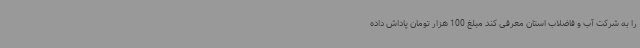
را به شرکت آب و فاضلاب استان معرفی کند مبلغ 100 هزار تومان پاداش داده